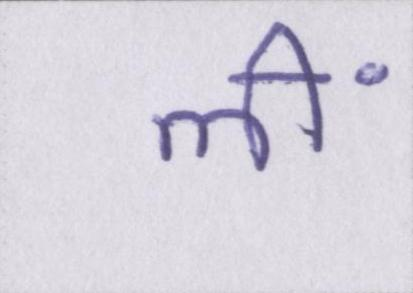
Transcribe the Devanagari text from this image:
लीं